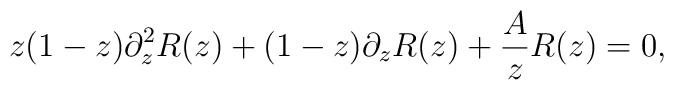
z(1-z)\partial_{z}^2 R(z) + (1-z) \partial_{z} R(z) + \frac{A}{z} R(z) =0,